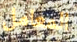
المعامل